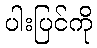
ပါးပြင်ကို